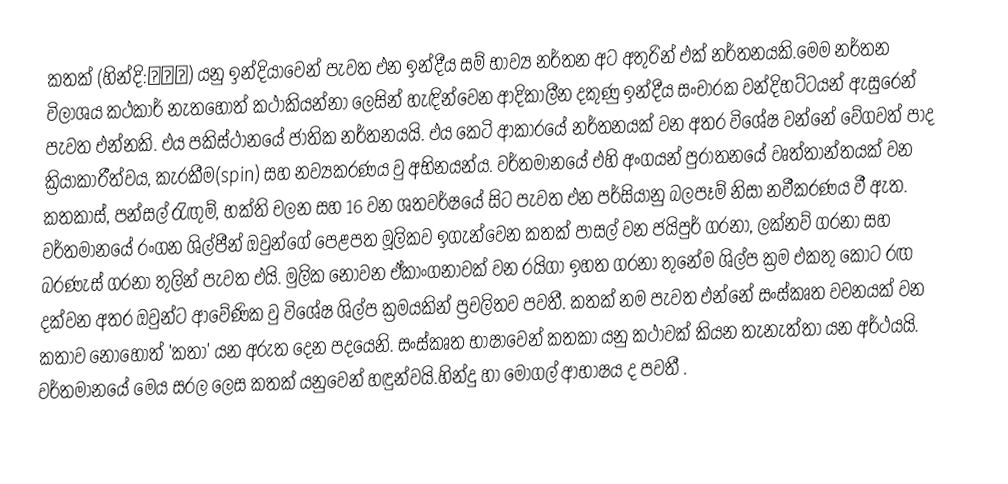
කතක් (හින්දි:कथक) යනු ඉන්දියාවෙන් පැවත එන ඉන්දීය සම් භාව්‍ය නර්තන අට අතුරින් එක් නර්තනයකි.මෙම නර්තන විලාශය කථකාර් නැතහොත් කථාකියන්නා ලෙසින් හැඳින්වෙන ආදිකාලීන දකුණු ඉන්දීය සංචාරක වන්දිභට්ටයන් ඇසුරෙන් පැවත එන්නකි. එය පකිස්ථානයේ ජාතික නර්තනයයි. එය කෙටි ආකාරයේ නර්තනයක් වන අතර විශේෂ වන්නේ වේගවත් පාද ක්‍රියාකාරීත්වය, කැරකීම(spin) සහ නව්‍යකරණය වු අභිනයන්ය. වර්තමානයේ එහි අංගයන් පුරාතනයේ වෘත්තාන්තයක් වන කතකාස්, පන්සල් රැඟුම්, භක්ති චලන සහ 16 වන ශතවර්ෂයේ සිට පැවත එන පර්සියානු බලපෑම් නිසා නවීකරණය වී ඇත. වර්තමානයේ රංගන ශිල්පීන් ඔවුන්ගේ පෙළපත මූලිකව ඉගැන්වෙන කතක් පාසල් වන ජයිපුර් ගරනා, ලක්නව් ගරනා සහ බරණැස් ගරනා තුලින් පැවත එයි. මුලික නොවන ඒකාංග‍නාවක් වන රයිගා ඉහත ගරනා තුනේම ශිල්ප ක්‍රම එකතු කොට රඟ දක්වන අතර ඔවුන්ට ආවේණික වු විශේෂ ශිල්ප ක්‍රමයකින් ප්‍රචලිතව පවතී. කතක් නම පැවත එන්නේ සංස්කෘත වචනයක් වන කතාව නොහොත් 'කතා' යන අරුත දෙන පදයෙනි. සංස්කෘත භාෂාවෙන් කතකා යනු කථාවක් කියන තැනැත්තා යන අර්ථයයි. වර්තමානයේ මෙය සරල ලෙස කතක් යනුවෙන් හඳුන්වයි.හින්දු හා මෝගල් ආභාෂය ද පවතී .